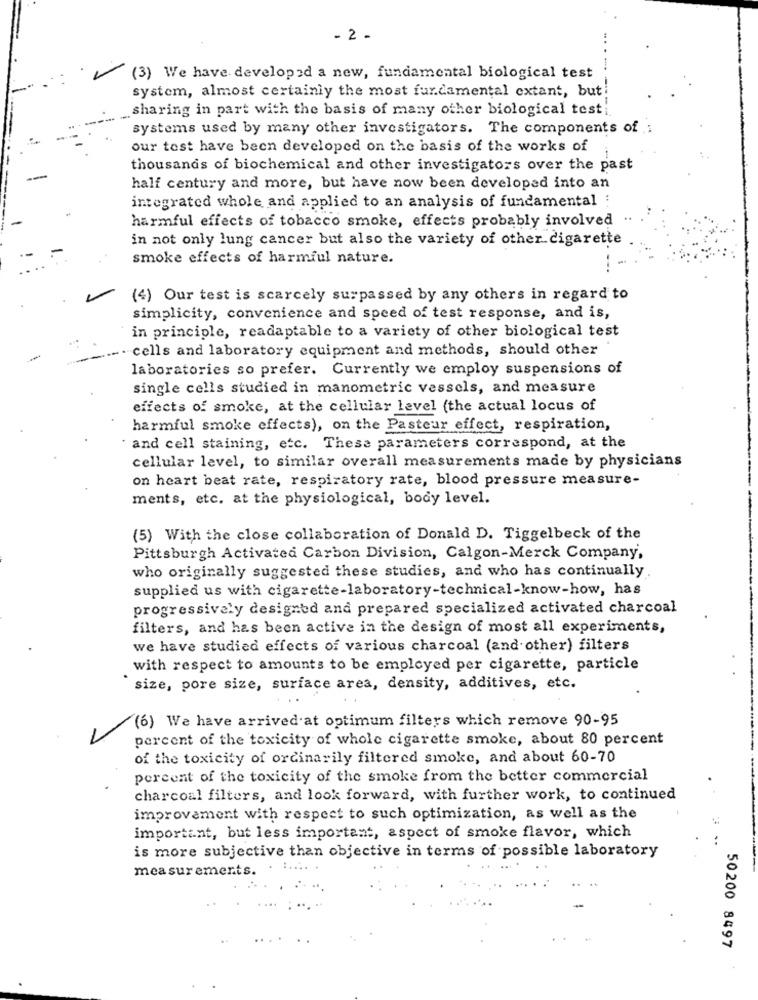
- 2 -
(3) We have developed a new, fundamental biological test
system, almost certainly the most fundamental extant, but!
sharing in part with the basis of many other biological test;
systems used by many other investigators. The components of :
our tost have been developed on the basis of the works of
thousands of biochemical and other investigators over the past
half century and more, but have now been developed into an
integrated whole and applied to an analysis of fundamental :
harmful effects of tobacco smoke, effects probably involved
in not only lung cancer but also the variety of other cigarette
smoke effects of harmful nature.
(4) Our test is scarcely surpassed by any others in regard to
simplicity, convenience and speed of test response, and is,
in principle, readaptable to a variety of other biological test
- . cells and laboratory equipment and methods, should other
laboratories so prefer. Currently we employ suspensions of
single cells studied in manometric vessels, and measure
effects of smoke, at the cellular level (the actual locus of
harmful smoke effects), on the Pasteur effect, respiration,
and cell staining, etc. These parameters correspond, at the
cellular level, to similar overall measurements made by physicians
on heart beat rate, respiratory rate, blood pressure measure-
ments, etc. at the physiological, body level.
(5) With the close collaboration of Donald D. Tiggelbeck of the
Pittsburgh Activated Carbon Division, Calgon-Merck Company,
who originally suggested these studies, and who has continually
supplied us with cigarette-laboratory-technical-know-how, has
progressively designed and prepared specialized activated charcoal
filters, and has been active in the design of most all experiments,
we have studied effects of various charcoal (and other) filters
with respect to amounts to be employed per cigarette, particle
size, pore size, surface area, density, additives, etc.
(6) We have arrived at optimum filters which remove 90-95
percent of the toxicity of whole cigarette smoke, about 80 percent
of the toxicity of ordinarily filtered smoke, and about 60-70
percent of the toxicity of the smoke from the better commercial
charcoal filters, and look forward, with further work, to continued
improvement with respect to such optimization, as well as the
important, but less important, aspect of smoke flavor, which
is more subjective than objective in terms of possible laboratory
..
measurements.
. ......
50200 8497